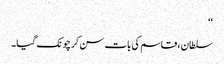
‘‘
سلطان ، قاسم کی بات سن کر چونک گیا۔